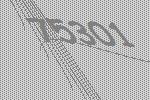
75301